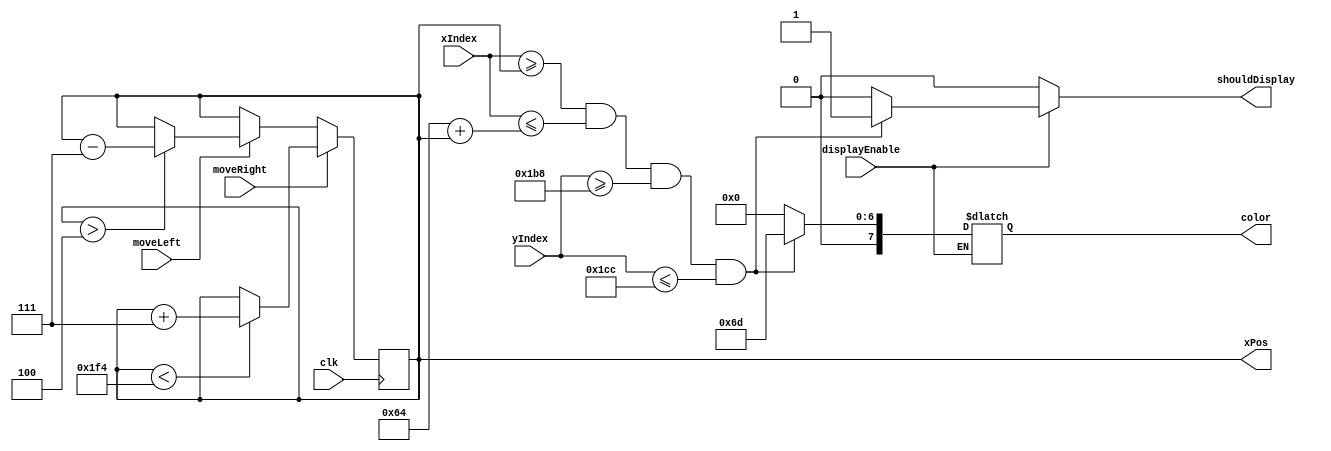
`timescale 1ns / 1ps
//////////////////////////////////////////////////////////////////////////////////
// Company: 
// Engineer: 
// 
// Design Name: 
// Module Name:    paddle 
// Project Name: 
// Target Devices: 
// Tool versions: 
// Description: 
//
// Dependencies: 
//
// Revision: 
// Revision 0.01 - File Created
// Additional Comments: 
//
//////////////////////////////////////////////////////////////////////////////////
module paddle(
		input clk,
		input[9:0] xIndex,
		input[9:0] yIndex,
		input displayEnable,
		output reg[7:0] color,
		output reg shouldDisplay,
		input moveLeft,
		input moveRight,
		output[9:0] xPos
		
    );
	parameter startYCoord = 440;
	parameter endYCoord = 460;
	parameter paddleSize = 100;
	parameter paddleColor = 8'b01101101;
	
	reg[9:0] position = 5;
	assign xPos = position;
	always @(posedge clk) begin 
			if(moveRight) begin 
				if(position<500) begin 
					position <= position + 7;
				end
			end else if(moveLeft) begin 
				if(position>4) begin 
					position <= position - 7;
				end
			end else begin
				// wuther fuck
			end
	end
	
	always @(xIndex, yIndex, displayEnable) begin 
		if(displayEnable) begin
			if((xIndex>=position)&&(xIndex<=paddleSize+position)&&(yIndex>=startYCoord)&&(yIndex<=endYCoord)) begin 
				color = paddleColor;
				shouldDisplay = 1;
			end else begin 
				color = 8'b00000000;
				shouldDisplay = 0;
			end
		end else begin 
			shouldDisplay = 0;
		end
	end
endmodule